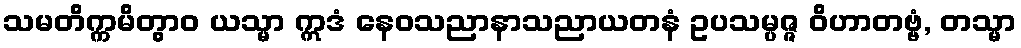
သမတိက္ကမိတွာဝ ယသ္မာ ဣဒံ နေဝသညာနာသညာယတနံ ဥပသမ္ပဇ္ဇ ဝိဟာတဗ္ဗံ, တသ္မာ